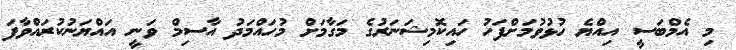
މި އެމްބަސީ އިއްޔެ ހުޅުވުމަށްފަހު ހައިކޮމިޝަނަރުގެ މަގާމަށް މުހައްމަދު އާސިމް ވަނީ އައްޔަނުކުރައްވާފަ